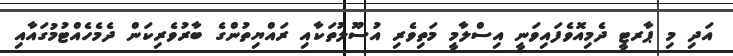
އަދި މި ޕާރޓީ ދެމިއޮވެފައިވަނީ އިސްލާމީ މަތިވެރި އުސޫލުތަކާއި ރައްޔިތުންގެ ބާރުވެރިކަން ދެމެހެއްޓުމުގައާއި